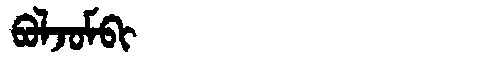
Manchu: ᠪᠣᠯᠵᠣᠮᠪᡳ
Romanization: BOLJOMBI